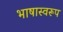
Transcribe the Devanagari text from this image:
भाषास्वरूप